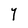
Character: Y